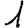
Digit: 1